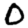
Digit: 0